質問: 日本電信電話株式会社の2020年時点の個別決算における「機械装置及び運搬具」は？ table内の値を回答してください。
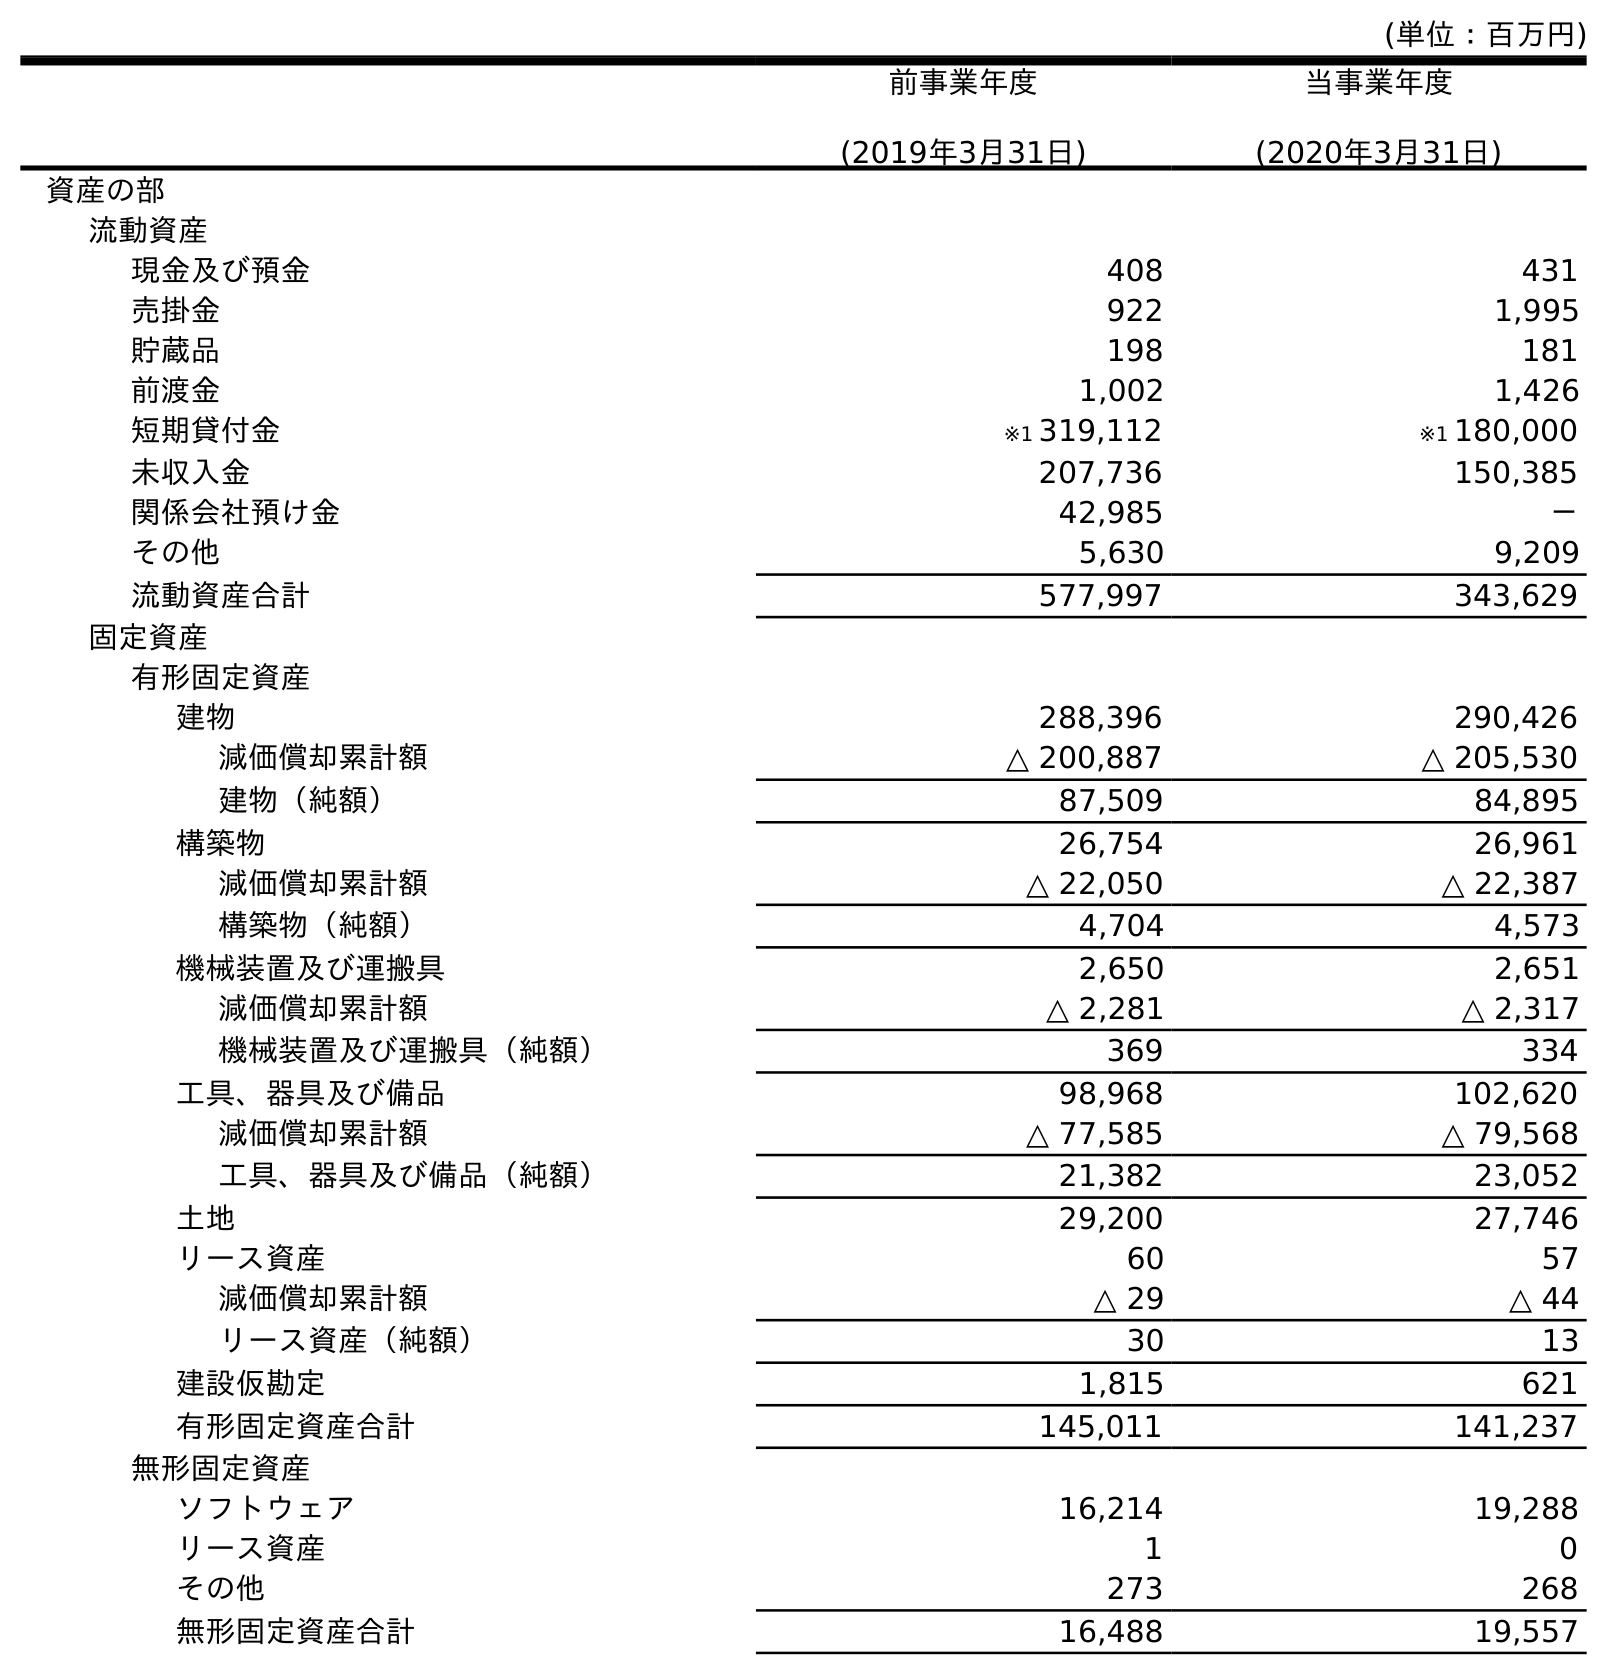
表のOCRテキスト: (単位：百万円) 前事業年度 (2019年3月31日) 当事業年度 (2020年3月31日) 資産の部 流動資産 現金及び預金 408 431 売掛金 922 1,995 貯蔵品 198 181 前渡金 1,002 1,426 短期貸付金 ※1 319,112 ※1 180,000 未収入金 207,736 150,385 関係会社預け金 42,985 － その他 5,630 9,209 流動資産合計 577,997 343,629 固定資産 有形固定資産 建物 288,396 290,426 減価償却累計額 △ 200,887 △ 205,530 建物（純額） 87,509 84,895 構築物 26,754 26,961 減価償却累計額 △ 22,050 △ 22,387 構築物（純額） 4,704 4,573 機械装置及び運搬具 2,650 2,651 減価償却累計額 △ 2,281 △ 2,317 機械装置及び運搬具（純額） 369 334 工具、器具及び備品 98,968 102,620 減価償却累計額 △ 77,585 △ 79,568 工具、器具及び備品（純額） 21,382 23,052 土地 29,200 27,746 リース資産 60 57 減価償却累計額 △ 29 △ 44 リース資産（純額） 30 13 建設仮勘定 1,815 621 有形固定資産合計 145,011 141,237 無形固定資産 ソフトウェア 16,214 19,288 リース資産 1 0 その他 273 268 無形固定資産合計 16,488 19,557
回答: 2,651